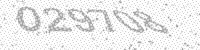
Solution: 029708